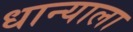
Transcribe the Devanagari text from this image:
धान्याला